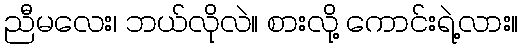
ညီမလေး၊ ဘယ်လိုလဲ။ စားလို့ ကောင်းရဲ့လား။